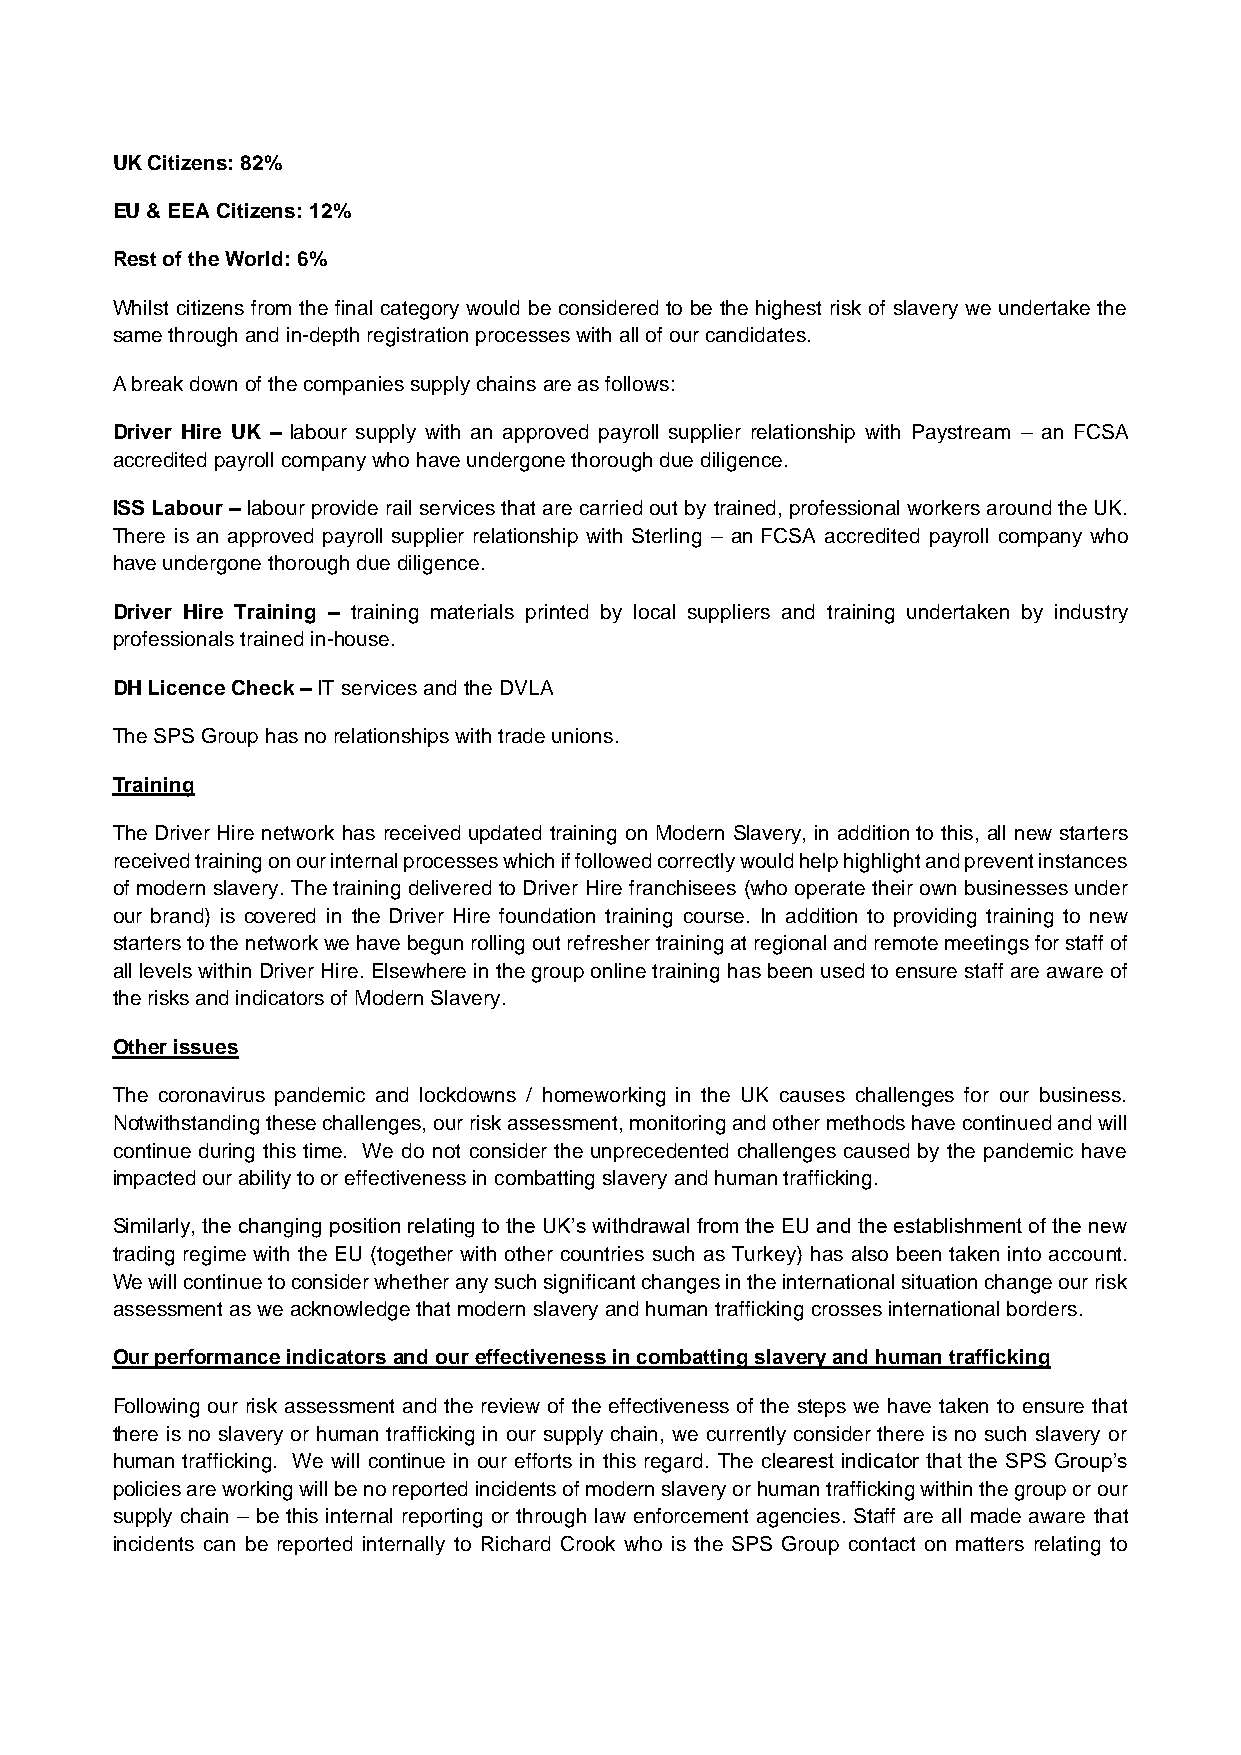
UK Citizens: 82%
 EU & EEA Citizens: 12%
 Rest of the World: 6%
 Whilst citizens from the final category would be considered to be the highest risk of slavery we undertake the
 same through and in-depth registration processes with all of our candidates.
 A break down of the companies supply chains are as follows:
 Driver Hire UK – labour supply with an approved payroll supplier relationship with Paystream – an FCSA
 accredited payroll company who have undergone thorough due diligence.
 ISS Labour – labour provide rail services that are carried out by trained, professional workers around the UK.
 There is an approved payroll supplier relationship with Sterling – an FCSA accredited payroll company who
 have undergone thorough due diligence.
 Driver Hire Training – training materials printed by local suppliers and training undertaken by industry
 professionals trained in-house.
 DH Licence Check – IT services and the DVLA
 The SPS Group has no relationships with trade unions.
 Training
 The Driver Hire network has received updated training on Modern Slavery, in addition to this, all new starters
 received training on our internal processes which if followed correctly would help highlight and prevent instances
 of modern slavery. The training delivered to Driver Hire franchisees (who operate their own businesses under
 our brand) is covered in the Driver Hire foundation training course. In addition to providing training to new
 starters to the network we have begun rolling out refresher training at regional and remote meetings for staff of
 all levels within Driver Hire. Elsewhere in the group online training has been used to ensure staff are aware of
 the risks and indicators of Modern Slavery.
 Other issues
 The coronavirus pandemic and lockdowns / homeworking in the UK causes challenges for our business.
 Notwithstanding these challenges, our risk assessment, monitoring and other methods have continued and will
 continue during this time. We do not consider the unprecedented challenges caused by the pandemic have
 impacted our ability to or effectiveness in combatting slavery and human trafficking.
 Similarly, the changing position relating to the UK’s withdrawal from the EU and the establishment of the new
 trading regime with the EU (together with other countries such as Turkey) has also been taken into account.
 We will continue to consider whether any such significant changes in the international situation change our risk
 assessment as we acknowledge that modern slavery and human trafficking crosses international borders.
 Our performance indicators and our effectiveness in combatting slavery and human trafficking
 Following our risk assessment and the review of the effectiveness of the steps we have taken to ensure that
 there is no slavery or human trafficking in our supply chain, we currently consider there is no such slavery or
 human trafficking. We will continue in our efforts in this regard. The clearest indicator that the SPS Group’s
 policies are working will be no reported incidents of modern slavery or human trafficking within the group or our
 supply chain – be this internal reporting or through law enforcement agencies. Staff are all made aware that
 incidents can be reported internally to Richard Crook who is the SPS Group contact on matters relating to